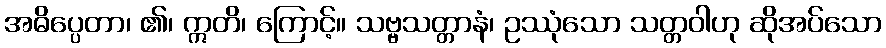
အဓိပ္ပေတာ၊ ၏၊ ဣတိ၊ ကြောင့်။ သဗ္ဗသတ္တာနံ၊ ဥဿုံသော သတ္တဝါဟု ဆိုအပ်သော